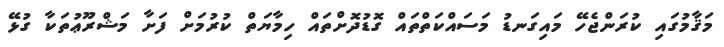
މަޤާމުގައި ކުރަންޖެހޭ މައިގަނޑު މަސައްކަތްތައް ގޮޑުދޮށްތައް ހިމާޔަތް ކުރުމަށް ފަށާ މަޝްރޫޢުތަކާ ގުޅޭ